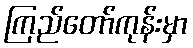
ကြည်တော်ကုန်းမှာ